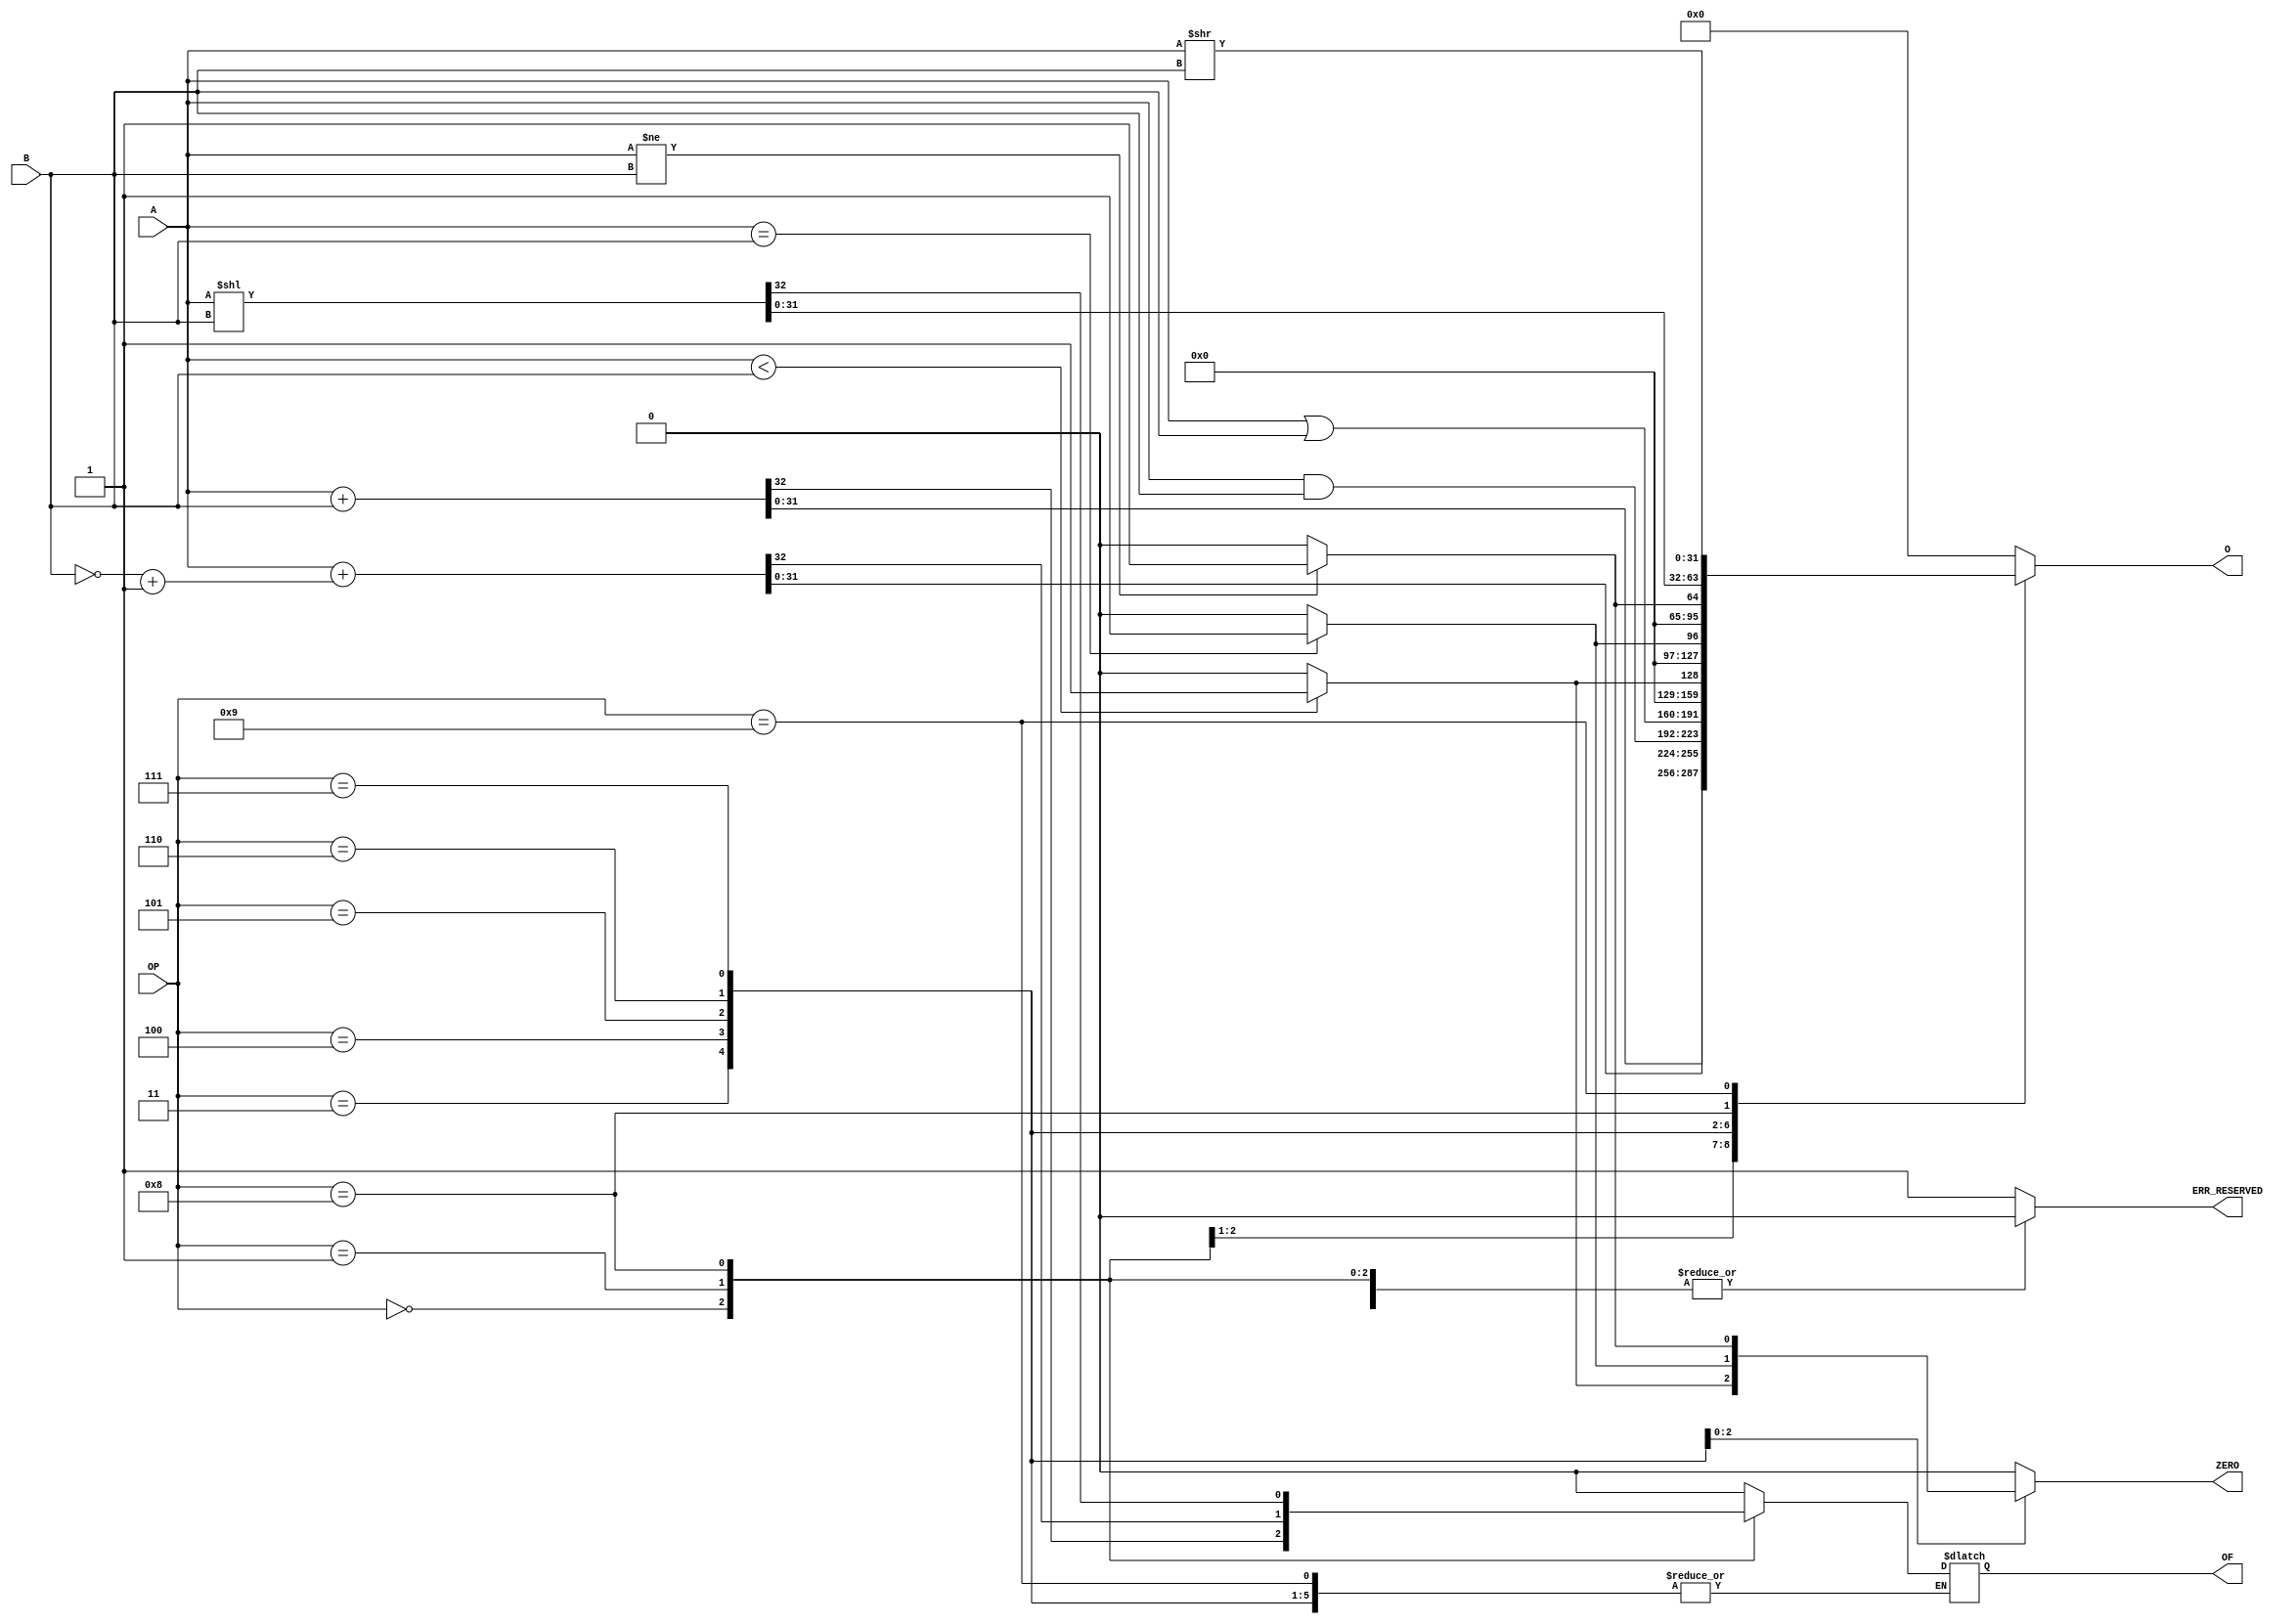
module ALU #(parameter DATA_WIDTH = 32)(
        input [DATA_WIDTH - 1:0] A,
        input [DATA_WIDTH - 1:0] B,
        input [3:0] OP,
        output reg ERR_RESERVED,
        output reg OF, // overflow / underflow bit : if set such error happened
        output reg ZERO, // returns 1 if logical expression is true
        output reg [DATA_WIDTH - 1:0] O
    );

    always@(A or B or OP)
        case(OP)
            4'b0000: begin 
                        {OF, O} = A + B;
                        ZERO = 1'b0;
                        ERR_RESERVED = 1'b0;
                     end
            4'b0001: begin
                        {OF, O} = A + (~B + 1); // A - B
                        ZERO = 1'b0;
                        ERR_RESERVED = 1'b0;
                     end
            // 4'b0010 - we will reserve for multiplication implementation.
            4'b0011: begin
                        O = A & B; // A and B
                        ZERO = 1'b0;
                        ERR_RESERVED = 1'b0;
                     end
            4'b0100: begin
                        O = A | B; // A or B
                        ZERO = 1'b0;
                        ERR_RESERVED = 1'b0;
                    end
            4'b0101: begin
                        ZERO = (A < B) ? 1'b1 : 1'b0; // SLT - set less than
                        O = {{31{1'b0}}, ZERO};
                        ERR_RESERVED = 1'b0;
                    end
            4'b0110: begin
                        ZERO = (A == B) ? 1'b1 : 1'b0; // SEQ - set if equal
                        O = {{31{1'b0}}, ZERO};
                        ERR_RESERVED = 1'b0;
                    end
            4'b0111: begin
                        ZERO = (A != B) ? 1'b1 : 1'b0; // SNE - set if not equal
                        O = {{31{1'b0}}, ZERO};
                        ERR_RESERVED = 1'b0;
                    end
            4'b1000: begin
                        ZERO = 1'b0;
                        {OF, O} = A << B; // SHL - shift left
                        ERR_RESERVED = 1'b0;
                    end
            4'b1001: begin
                        ZERO = 1'b0;
                        O = A >> B; // SHR - shift right
                        ERR_RESERVED = 1'b0;
                    end
            /*4'b1010: begin
                        ZERO = 1'b0;
                        O = ~(A | B); // NOR
                        ERR_RESERVED = 1'b0;
                    end*/                             
            default:  begin
                            ERR_RESERVED = 1'b1;
                            ZERO = 1'b0;
                            OF = 1'b0;
                            O = {DATA_WIDTH{1'b0}};
                      end
        endcase
endmodule